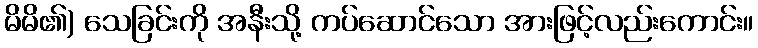
မိမိ၏) သေခြင်းကို အနီးသို့ ကပ်ဆောင်သော အားဖြင့်လည်းကောင်း။